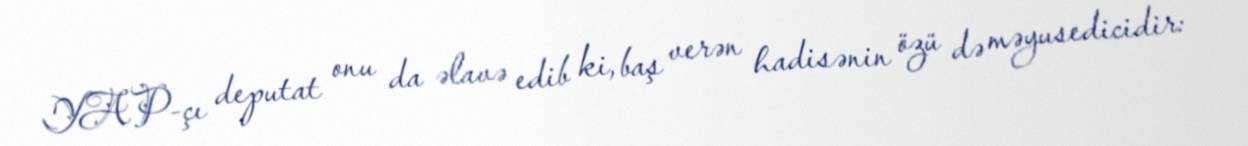
YAP-çı deputat onu da əlavə edib ki, baş verən hadisənin özü də məyusedicidir: